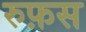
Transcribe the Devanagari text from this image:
रुफ़स